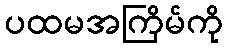
ပထမအကြိမ်ကို